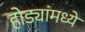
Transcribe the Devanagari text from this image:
होड्यांमध्ये